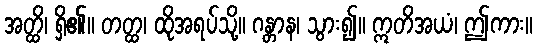
အတ္ထိ၊ ရှိ၏။ တတ္ထ၊ ထိုအရပ်သို့။ ဂန္တာန၊ သွား၍။ ဣတိအယံ၊ ဤကား။